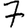
Digit: 7